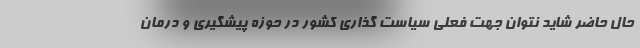
حال حاضر شاید نتوان جهت فعلی سیاست گذاری کشور در حوزه پیشگیری و درمان